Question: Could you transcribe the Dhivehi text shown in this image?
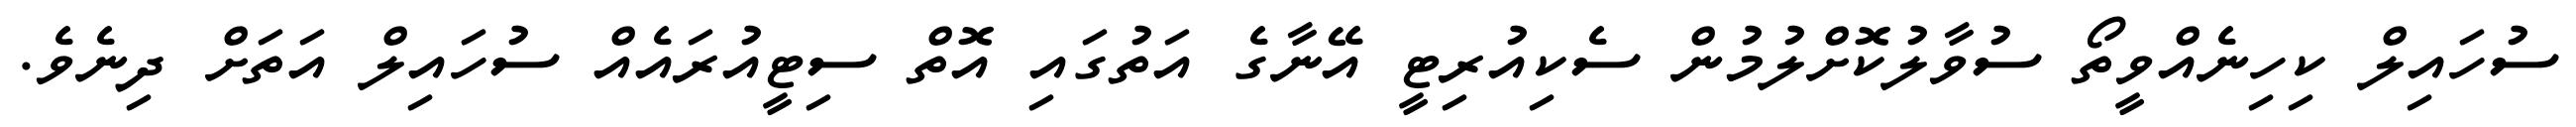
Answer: ސުހައިލް ކިހިނެއްވީތޯ ސުވާލުކޮށްލުމުން ސެކިއުރިޓީ އޭނާގެ އަތުގައި އޮތް ސިޓީއުރައެއް ސުހައިލް އަތަށް ދިނެވެ.